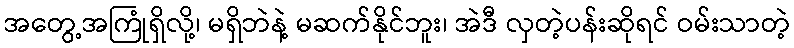
အတွေ့အကြုံရှိလို့၊ မရှိဘဲနဲ့ မဆက်နိုင်ဘူး၊ အဲဒီ လှတဲ့ပန်းဆိုရင် ဝမ်းသာတဲ့